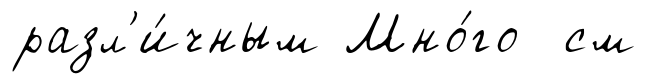
разл'и́чным Мно́го см